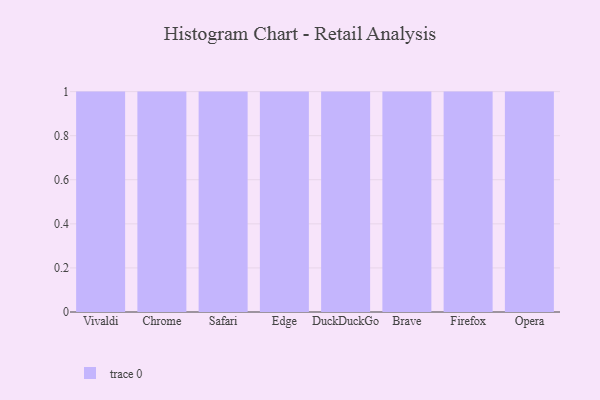
{"axis": {"x": "Browser", "y": "Demand Index"}, "legend": [""], "data": [{"x": "Vivaldi", "y": 65, "type": ""}, {"x": "Chrome", "y": 81, "type": ""}, {"x": "Safari", "y": 66, "type": ""}, {"x": "Edge", "y": 46, "type": ""}, {"x": "DuckDuckGo", "y": 86, "type": ""}, {"x": "Brave", "y": 7, "type": ""}, {"x": "Firefox", "y": 77, "type": ""}, {"x": "Opera", "y": 45, "type": ""}]}